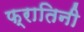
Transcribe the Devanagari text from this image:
फ्रातिनी